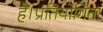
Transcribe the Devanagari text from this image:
है।प्रतियोगिता